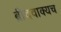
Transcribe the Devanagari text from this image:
ब्रीदवाक्यच